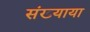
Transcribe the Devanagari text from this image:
संख्याया